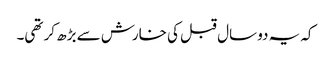
کہ یہ دو سال قبل کی خارش سے بڑھ کر تھی۔